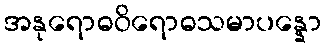
အနုရောဓဝိရောဓသမာပန္နော